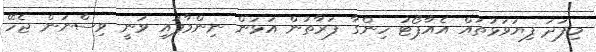
މިފަދަ ފިޔަވަޅުތައް އެއާޕޯޓު ހިންގާ ފަރާތުން އަޅަން ނިންމާފައި ވަނީ ވިސްނަން ޖެހޭ